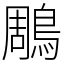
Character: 鵰